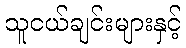
သူငယ်ချင်းများနှင့်